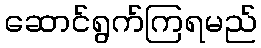
ဆောင်ရွက်ကြရမည်